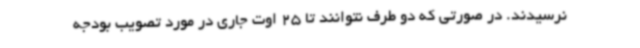
نرسیدند. در صورتی که دو طرف نتوانند تا 25 اوت جاری در مورد تصویب بودجه